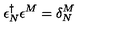
\epsilon _ { N } ^ { \dagger } \epsilon ^ { M } = \delta _ { N } ^ { M }